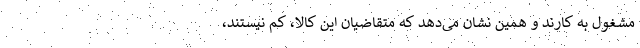
مشغول به کارند و همین نشان می‌دهد که متقاضیان این کالا، کم نیستند،